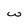
Character: w